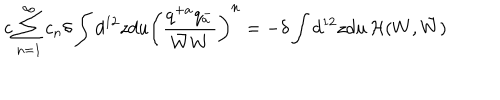
LaTeX: c \sum _ { n = 1 } ^ { \infty } c _ { n } \delta \int d ^ { 1 2 } z d u \left( \frac { q ^ { + a } q _ { a } ^ { - } } { \bar { W } W } \right) ^ { n } = - \delta \int d ^ { 1 2 } z d u \, { \cal H } ( W , \bar { W } )